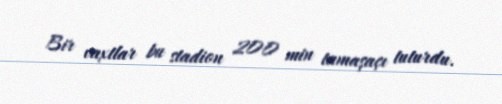
Bir vaxtlar bu stadion 200 min tamaşaçı tuturdu.